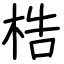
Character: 梏